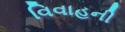
વિવાહની